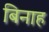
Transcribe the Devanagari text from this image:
बिनाह